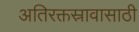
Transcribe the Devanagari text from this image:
अतिरक्तस्रावासाठी